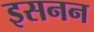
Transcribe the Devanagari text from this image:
इसनन